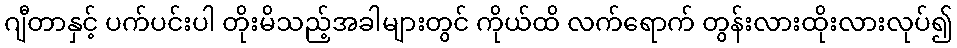
ဂျီတာနှင့် ပက်ပင်းပါ တိုးမိသည့်အခါများတွင် ကိုယ်ထိ လက်ရောက် တွန်းလားထိုးလားလုပ်၍